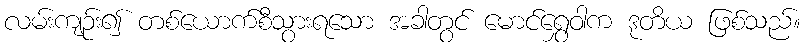
လမ်းကျဉ်း၍ တစ်ယောက်စီသွားရသော အခါတွင် မောင်ရွှေဝါက ဒုတိယ ဖြစ်သည်။